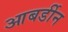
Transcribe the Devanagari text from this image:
आबर्डीन